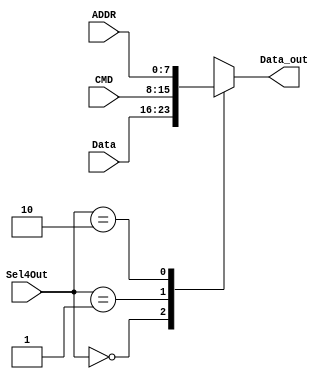
module MUX4B(
    input		[7:0]	Data,//in 8
    input		[7:0]	CMD,//in 8
    input		[7:0]	ADDR,//in 8
    input		[1:0]	Sel4Out,//in 2
    output	reg	[7:0]	Data_out//out 8
    );
	always@(*)begin
		case(Sel4Out)
			2'd0:begin
				Data_out=Data;
			end
			2'd1:begin
				Data_out=CMD;
			end
			2'd2:begin
				Data_out=ADDR;
			end
			default:begin
				Data_out=8'dx;
			end  
		endcase
	end
endmodule